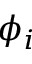
\phi _ { i }